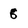
Character: 6